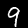
Label: 9